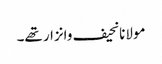
مولانانحیف وانزار تھے۔